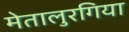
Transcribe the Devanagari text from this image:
मेतालुरगिया